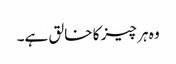
وہ ہر چیز کا خالق ہے۔